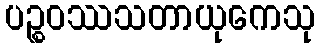
ပဉ္စဝဿသတာယုကေသု